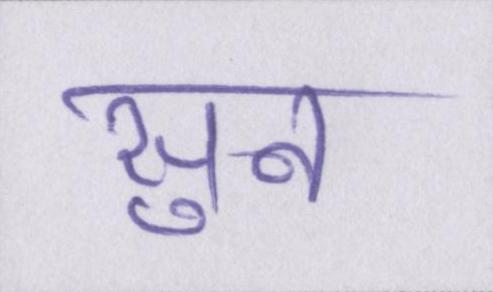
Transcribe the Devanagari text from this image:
सुन